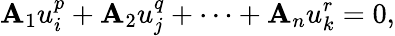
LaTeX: \mathbf{A}_{1}u_{i}^{p}+\mathbf{A}_{2}u_{j}^{q}+\dots+\mathbf{A}_{n}u_{k}^{r}=0,